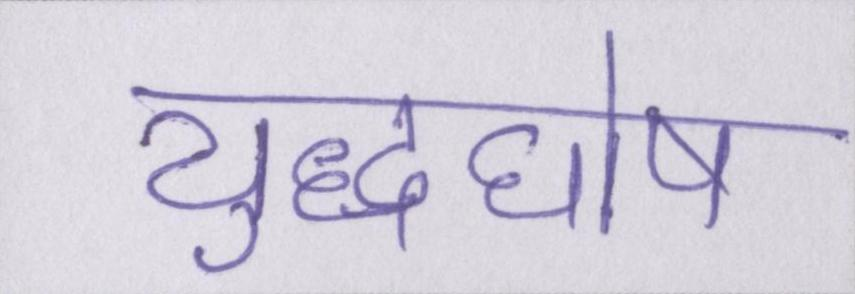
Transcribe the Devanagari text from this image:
युद्धघोष